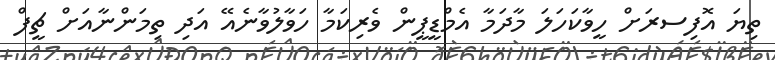
ތިޔަ އޮފިސރަށް ހީވާކަހަލަ މާދަމާ އެމްޑީޕީން ވެރިކަމާ ހަވާލުވާނެއޭ އަދި ތިމަންނާއަށް ޗީފް